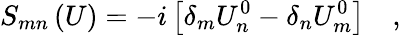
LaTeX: S_{mn}\left(U\right)=-i\left[\delta_{m}U_{n}^{0}-\delta_{n}U_{m}^{0}\right]\quad,